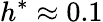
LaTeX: h^{*}\approx 0.1